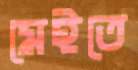
মেইতে